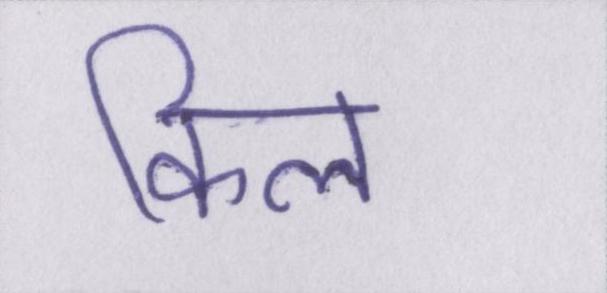
किल